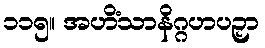
၁၁၅။ အဟိံသာနိဂ္ဂဟပဉှာ